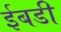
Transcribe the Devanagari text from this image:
ईबडी